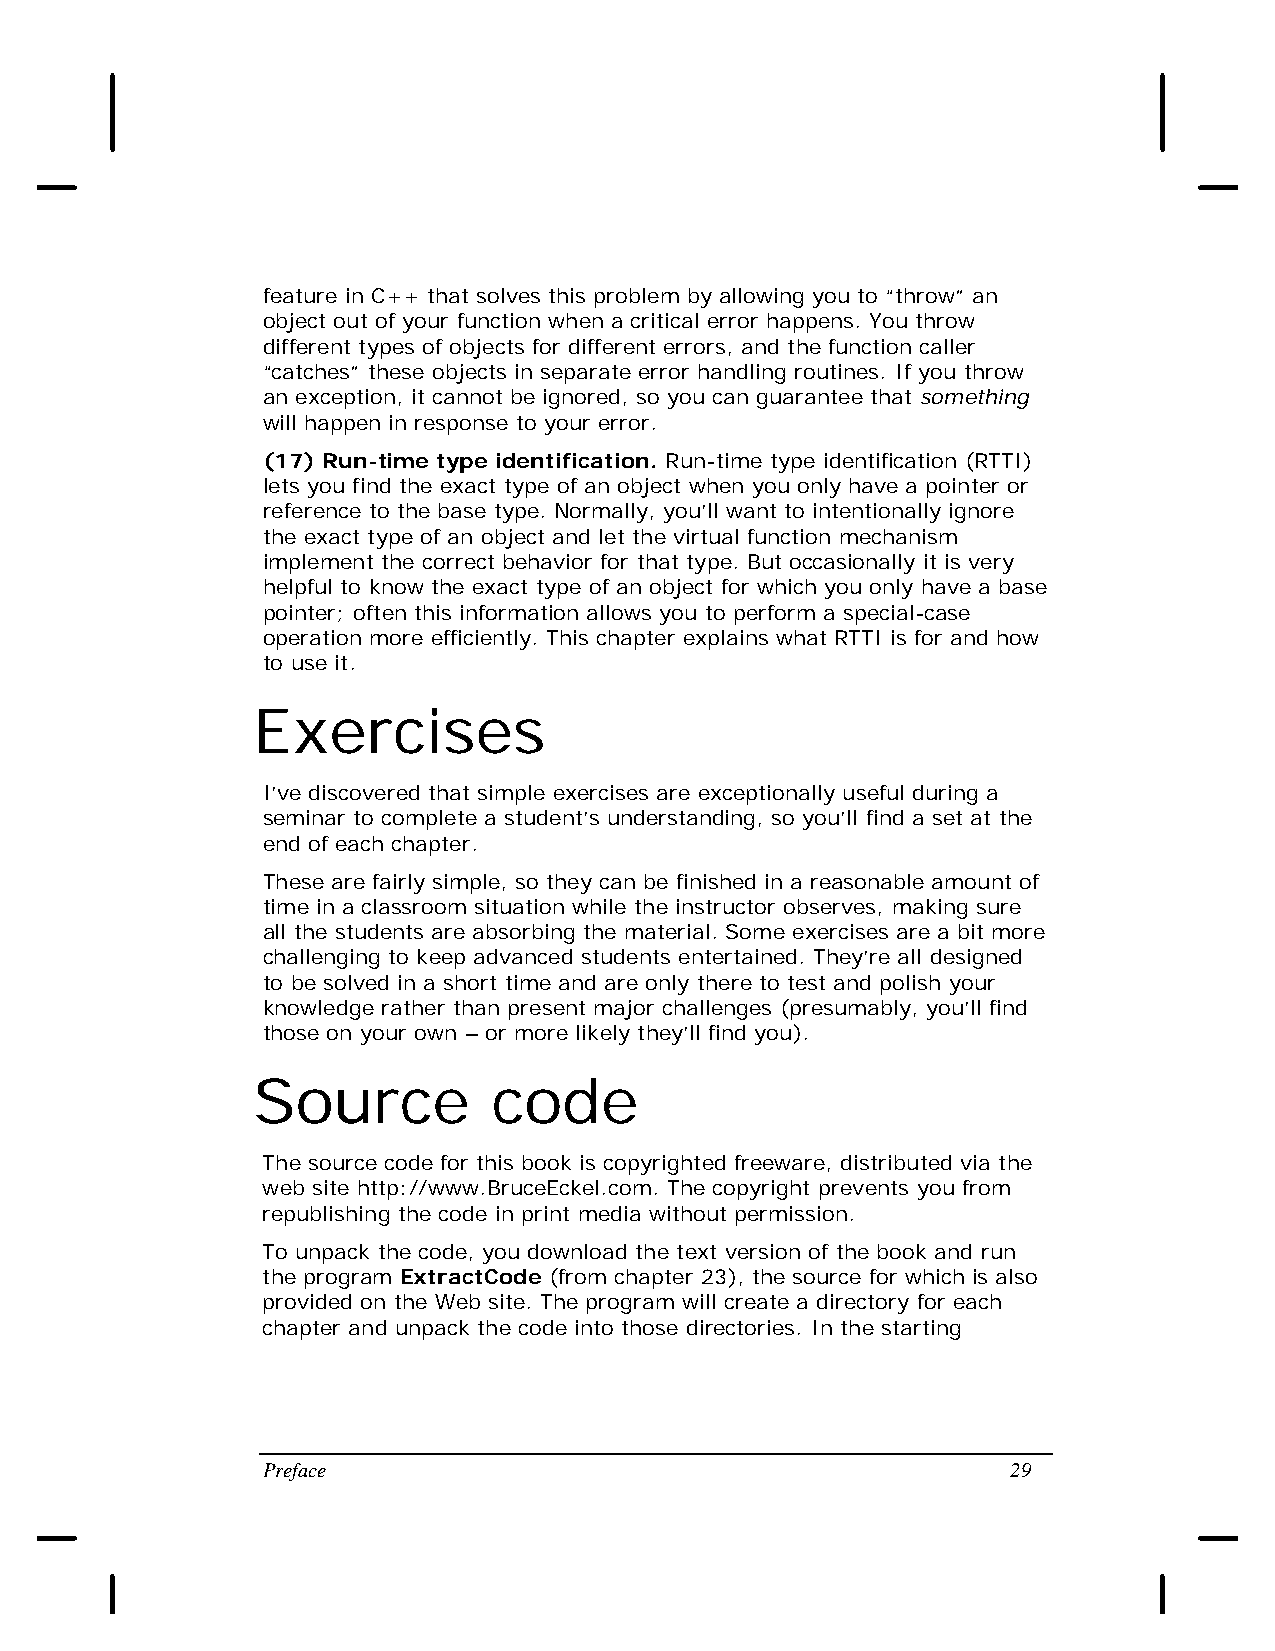
feature in C++ that solves this problem by allowing you to “throw” an
 object out of your function when a critical error happens. You throw
 different types of objects for different errors, and the function caller
 “catches” these objects in separate error handling routines. If you throw
 an exception, it cannot be ignored, so you can guarantee that something
 will happen in response to your error.
 (17) Run-time type identification. Run-time type identification (RTTI)
 lets you find the exact type of an object when you only have a pointer or
 reference to the base type. Normally, you’ll want to intentionally ignore
 the exact type of an object and let the virtual function mechanism
 implement the correct behavior for that type. But occasionally it is very
 helpful to know the exact type of an object for which you only have a base
 pointer; often this information allows you to perform a special-case
 operation more efficiently. This chapter explains what RTTI is for and how
 to use it.
 Exercises
 I’ve discovered that simple exercises are exceptionally useful during a
 seminar to complete a student’s understanding, so you’ll find a set at the
 end of each chapter.
 These are fairly simple, so they can be finished in a reasonable amount of
 time in a classroom situation while the instructor observes, making sure
 all the students are absorbing the material. Some exercises are a bit more
 challenging to keep advanced students entertained. They’re all designed
 to be solved in a short time and are only there to test and polish your
 knowledge rather than present major challenges (presumably, you’ll find
 those on your own – or more likely they’ll find you).
 Source          code
 The source code for this book is copyrighted freeware, distributed via the
 web site http://www.BruceEckel.com. The copyright prevents you from
 republishing the code in print media without permission.
 To unpack the code, you download the text version of the book and run
 the program ExtractCode (from chapter 23), the source for which is also
 provided on the Web site. The program will create a directory for each
 chapter and unpack the code into those directories. In the starting
 Preface                                           29